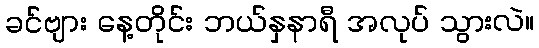
ခင်ဗျား နေ့တိုင်း ဘယ်နှနာရီ အလုပ် သွားလဲ။